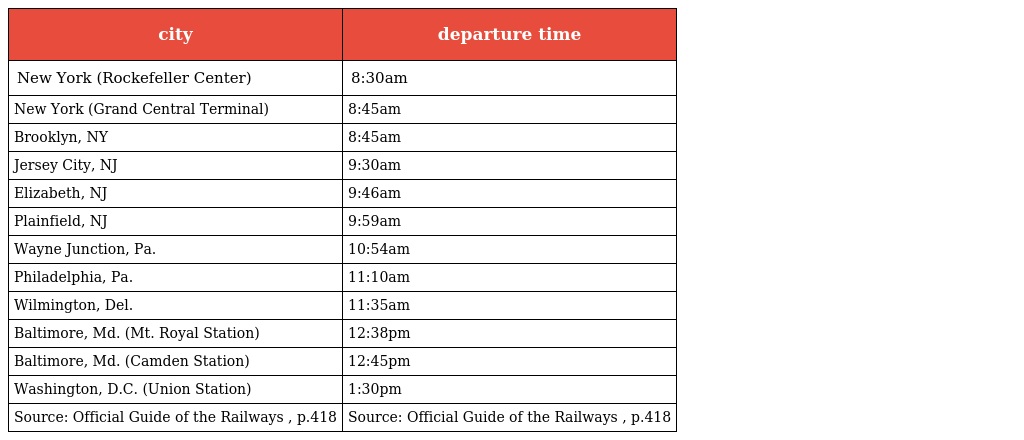
| city | departure time |
 | --- | --- |
 | New York (Rockefeller Center) | 8:30am |
 | New York (Grand Central Terminal) | 8:45am |
 | Brooklyn, NY | 8:45am |
 | Jersey City, NJ | 9:30am |
 | Elizabeth, NJ | 9:46am |
 | Plainfield, NJ | 9:59am |
 | Wayne Junction, Pa. | 10:54am |
 | Philadelphia, Pa. | 11:10am |
 | Wilmington, Del. | 11:35am |
 | Baltimore, Md. (Mt. Royal Station) | 12:38pm |
 | Baltimore, Md. (Camden Station) | 12:45pm |
 | Washington, D.C. (Union Station) | 1:30pm |
 | Source: Official Guide of the Railways , p.418 | Source: Official Guide of the Railways , p.418 |